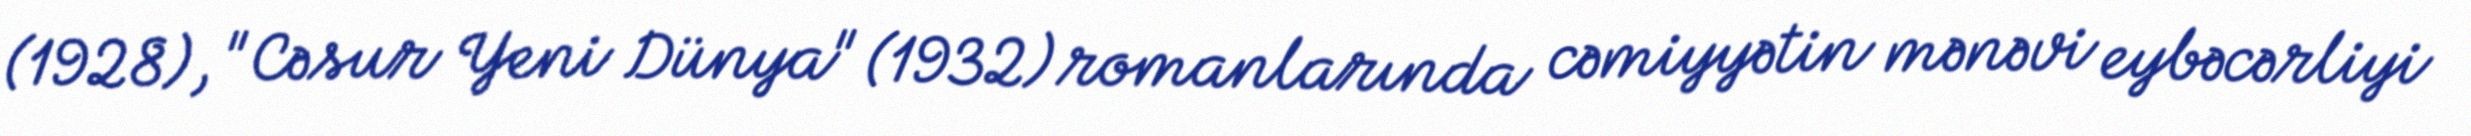
(1928), "Cəsur Yeni Dünya" (1932) romanlarında cəmiyyətin mənəvi eybəcərliyi